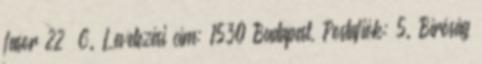
fasor 22 C. Levelezési cím: 1530 Budapest, Postafiók: 5. Bíróság